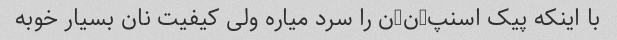
با اینکه پیک اسنپ-ن-ن را سرد میاره ولی کیفیت نان بسیار خوبه